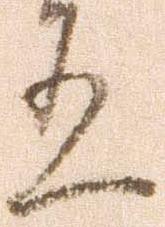
有